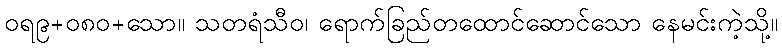
ဝရ၉+၀၈၀+သော။ သတရံသီဝ၊ ရောက်ခြည်တထောင်ဆောင်သော နေမင်းကဲ့သို့။